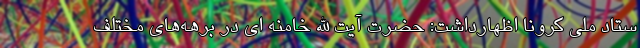
ستاد ملی کرونا اظهارداشت: حضرت آیت الله خامنه ای در برهه‌های مختلف